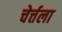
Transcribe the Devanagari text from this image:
चेर्त्तला